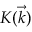
K ( \vec { k } )